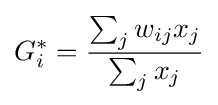
G_{i}^{*}={\frac {\sum _{j}w_{ij}x_{j}}{\sum _{j}x_{j}}}